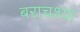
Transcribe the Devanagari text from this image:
बराचश्या